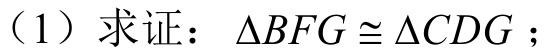
(1) 求证：\(\triangle BFG\cong\triangle CDG\)；